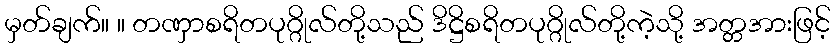
မှတ်ချက်။ ။ တဏှာစရိတပုဂ္ဂိုလ်တို့သည် ဒိဋ္ဌိစရိတပုဂ္ဂိုလ်တို့ကဲ့သို့ အတ္တအားဖြင့်